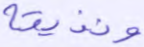
ونذيقه